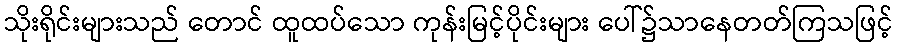
သိုးရိုင်းများသည် တောင် ထူထပ်သော ကုန်းမြင့်ပိုင်းများ ပေါ်၌သာနေတတ်ကြသဖြင့်